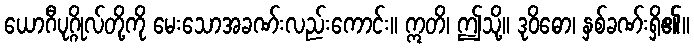
ယောဂီပုဂ္ဂိုလ်တို့ကို မေးသောအခဏ်းလည်းကောင်း။ ဣတိ၊ ဤသို့။ ဒုဝိဓော၊ နှစ်ခဏ်းရှိ၏။